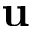
{ \bf u }